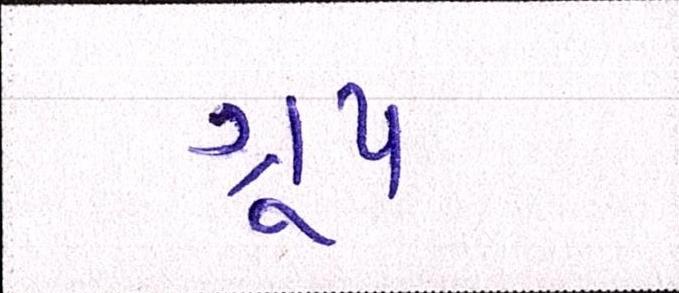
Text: ગ્રૂપ